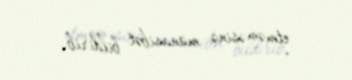
etməməsinə münasibət bildirib.